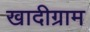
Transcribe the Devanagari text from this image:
खादीग्राम